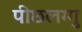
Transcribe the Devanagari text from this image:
पीछलग्गु